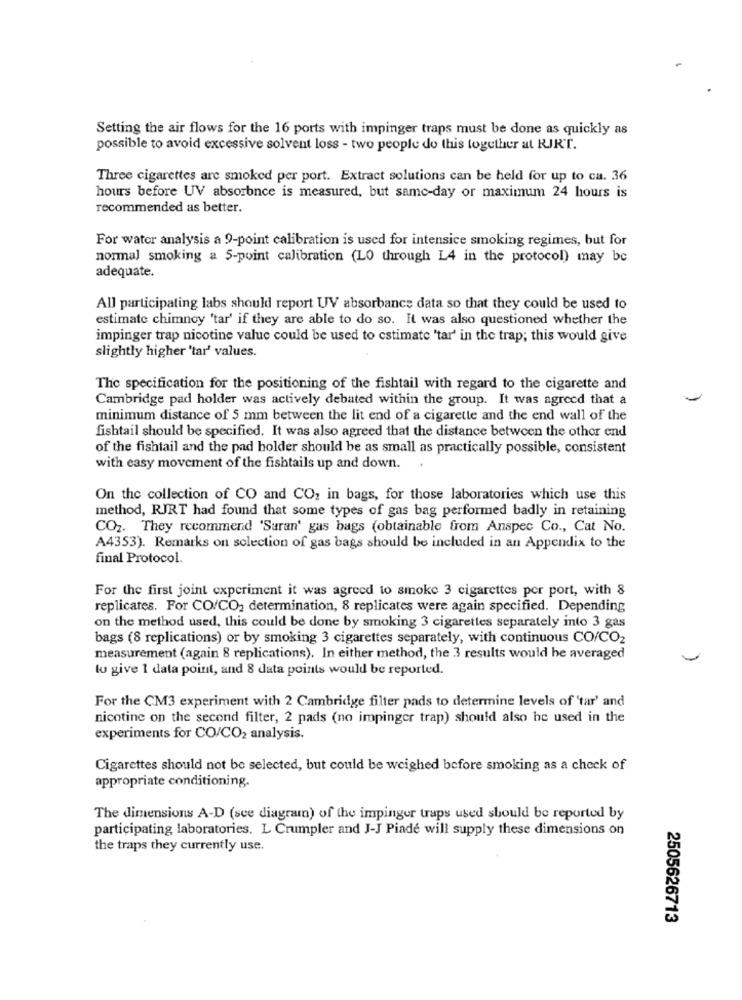
Setting the air flows for the 16 ports with impinger traps must be done as quickly as
possible to avoid excessive solvent loss - two people do this together at RIRT.
Three cigarettes are smoked per port. Extract solutions can be held for up to ca. 36
hours before UV absorbnce is measured, but same-day or maximum 24 hours is
recommended as better.
For water analysis a 9-point calibration is used for intensice smoking regimes, but for
normal smoking a 5-point calibration (LO through L4 in the protocol) may be
adequate.
All participating labs should report UV absorbance data so that they could be used to
estimate chimney 'tar' if they are able to do so. It was also questioned whether the
impinger trap nicotine value could be used to estimate 'tar' in the trap; this would give
slightly higher 'tar' values.
The specification for the positioning of the fishtail with regard to the cigarette and
Cambridge pad holder was actively debated within the group. It was agreed that a
minimum distance of 5 mm between the lit end of a cigarette and the end wall of the
fishtail should be specified. It was also agreed that the distance between the other end
of the fishtail and the pad holder should be as small as practically possible, consistent
with easy movement of the fishtails up and down.
On the collection of CO and CO, in bags, for those laboratories which use this
method, RJRT had found that some types of gas bag performed badly in retaining
CO2. They recommend 'Saran' gas bags (obtainable from Anspec Co ., Cat No.
A4353). Remarks on selection of gas bags should be included in an Appendix to the
final Protocol.
For the first joint experiment it was agreed to smoke 3 cigarettes per port, with 8
replicates. For CO/CO2 determination, 8 replicates were again specified. Depending
on the method used, this could be done by smoking 3 cigarettes separately into 3 gas
bags (8 replications) or by smoking 3 cigarettes separately, with continuous CO/CO2
measurement (again 8 replications). In either method, the 3 results would be averaged
to give 1 data point, and 8 data points would be reported.
For the CM3 experiment with 2 Cambridge filter pads to determine levels of 'tar' and
nicotine on the second filter, 2 pads (no impinger trap) should also be used in the
experiments for CO/CO2 analysis.
Cigarettes should not be selected, but could be weighed before smoking as a check of
appropriate conditioning.
The dimensions A-D (see diagram) of the impinger traps used should be reported by
participating laboratories. L Crumpler and J-J Piade will supply these dimensions on
the traps they currently use.
2505626713